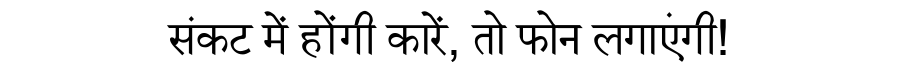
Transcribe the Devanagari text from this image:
संकट में होंगी कारें, तो फोन लगाएंगी!